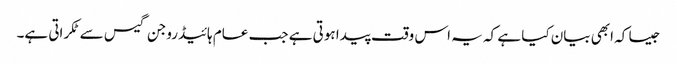
جیسا کہ ابھی بیان کیا ہے کہ یہ اس وقت پیدا ہوتی ہے جب عام ہائیڈروجن گیس سے ٹکراتی ہے۔